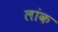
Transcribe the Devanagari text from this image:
लांक